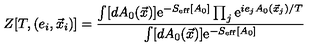
Z [ T , ( e _ { i } , \vec { x } _ { i } ) ] = \frac { \int [ d A _ { 0 } ( \vec { x } ) ] \mathrm { e } ^ { - S _ { \mathrm { e f f } } [ A _ { 0 } ] } \prod _ { j } \mathrm { e } ^ { i e _ { j } A _ { 0 } ( \vec { x } _ { j } ) / T } } { \int [ d A _ { 0 } ( \vec { x } ) ] \mathrm { e } ^ { - S _ { \mathrm { e f f } } [ A _ { 0 } ] } }